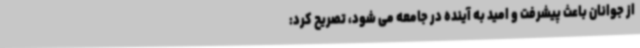
از جوانان باعث پیشرفت و امید به آینده در جامعه می شود، تصریح کرد: